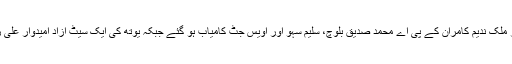
کسان کی تین نشستوں پر مسلم لیگ ن کے حمایت یافتہ تین امیدوارصوبائی وزیر ملک ندیم کامران کے پی اے محمد صدیق بلوچ، سلیم سہو اور اویس جٹ کامیاب ہو گئے جبکہ یوتھ کی ایک سیٹ آزاد امیدوار علی رضا مردانہ نے جیت لی مسلم لیگ ن کے امیدوار کو شکست کا سامنا کرنا پڑا ۔